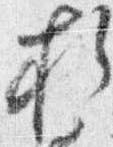
折